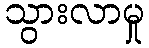
သွားလာမှု